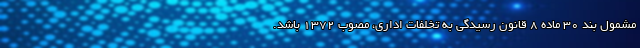
مشمول بند ۳۰ ماده ۸ قانون رسیدگی به تخلفات اداری، مصوب ۱۳۷۲ باشد.